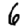
Digit: 6